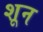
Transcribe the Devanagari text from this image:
शून